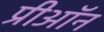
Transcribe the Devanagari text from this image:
प्रीऑन